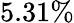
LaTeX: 5.31\%